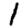
Digit: 1